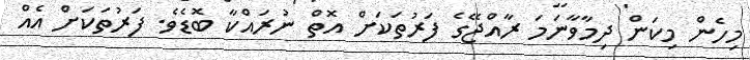
މިހެން މިކަން ދިމާވާނަމަ ރާއްޖޭގެ ފަރުތަކަށް އޮތް ނުރައްކާ ބޮޑެވެ. ފަރުތަކަށް އެއް